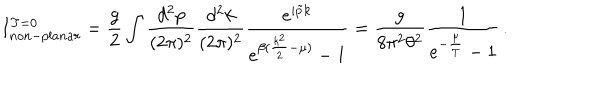
LaTeX: I _ { n o n - p l a n a r } ^ { T = 0 } = \frac { g } { 2 } \int \frac { d ^ { 2 } p } { ( 2 \pi ) ^ { 2 } } \frac { d ^ { 2 } k } { ( 2 \pi ) ^ { 2 } } \frac { e ^ { i \tilde { p } k } } { e ^ { \beta ( \frac { k ^ { 2 } } { 2 } - \mu ) } - 1 } = \frac { g } { 8 \pi ^ { 2 } \theta ^ { 2 } } \frac { 1 } { e ^ { - \frac { \mu } { T } } - 1 } \, .